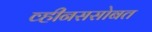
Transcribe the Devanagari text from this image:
व्हीनससोबत